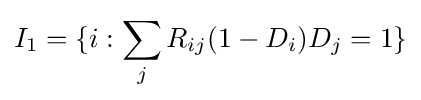
I_{1}=\{i:\sum _{j}R_{ij}(1-D_{i})D_{j}=1\}